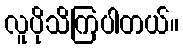
လူပိုသိကြပါတယ်။